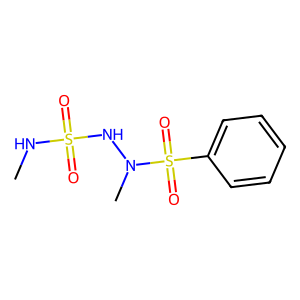
SMILES: CNS(=O)(=O)NN(C)S(=O)(=O)c1ccccc1
Inhibits HIV replication: No